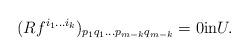
LaTeX: \begin{align*}(Rf^{i_1 \dots i_k})_{p_1 q_1 \dots p_{m-k} q_{m-k}}=0 \mbox{in} U. \end{align*}